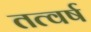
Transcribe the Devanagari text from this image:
तत्वर्ष